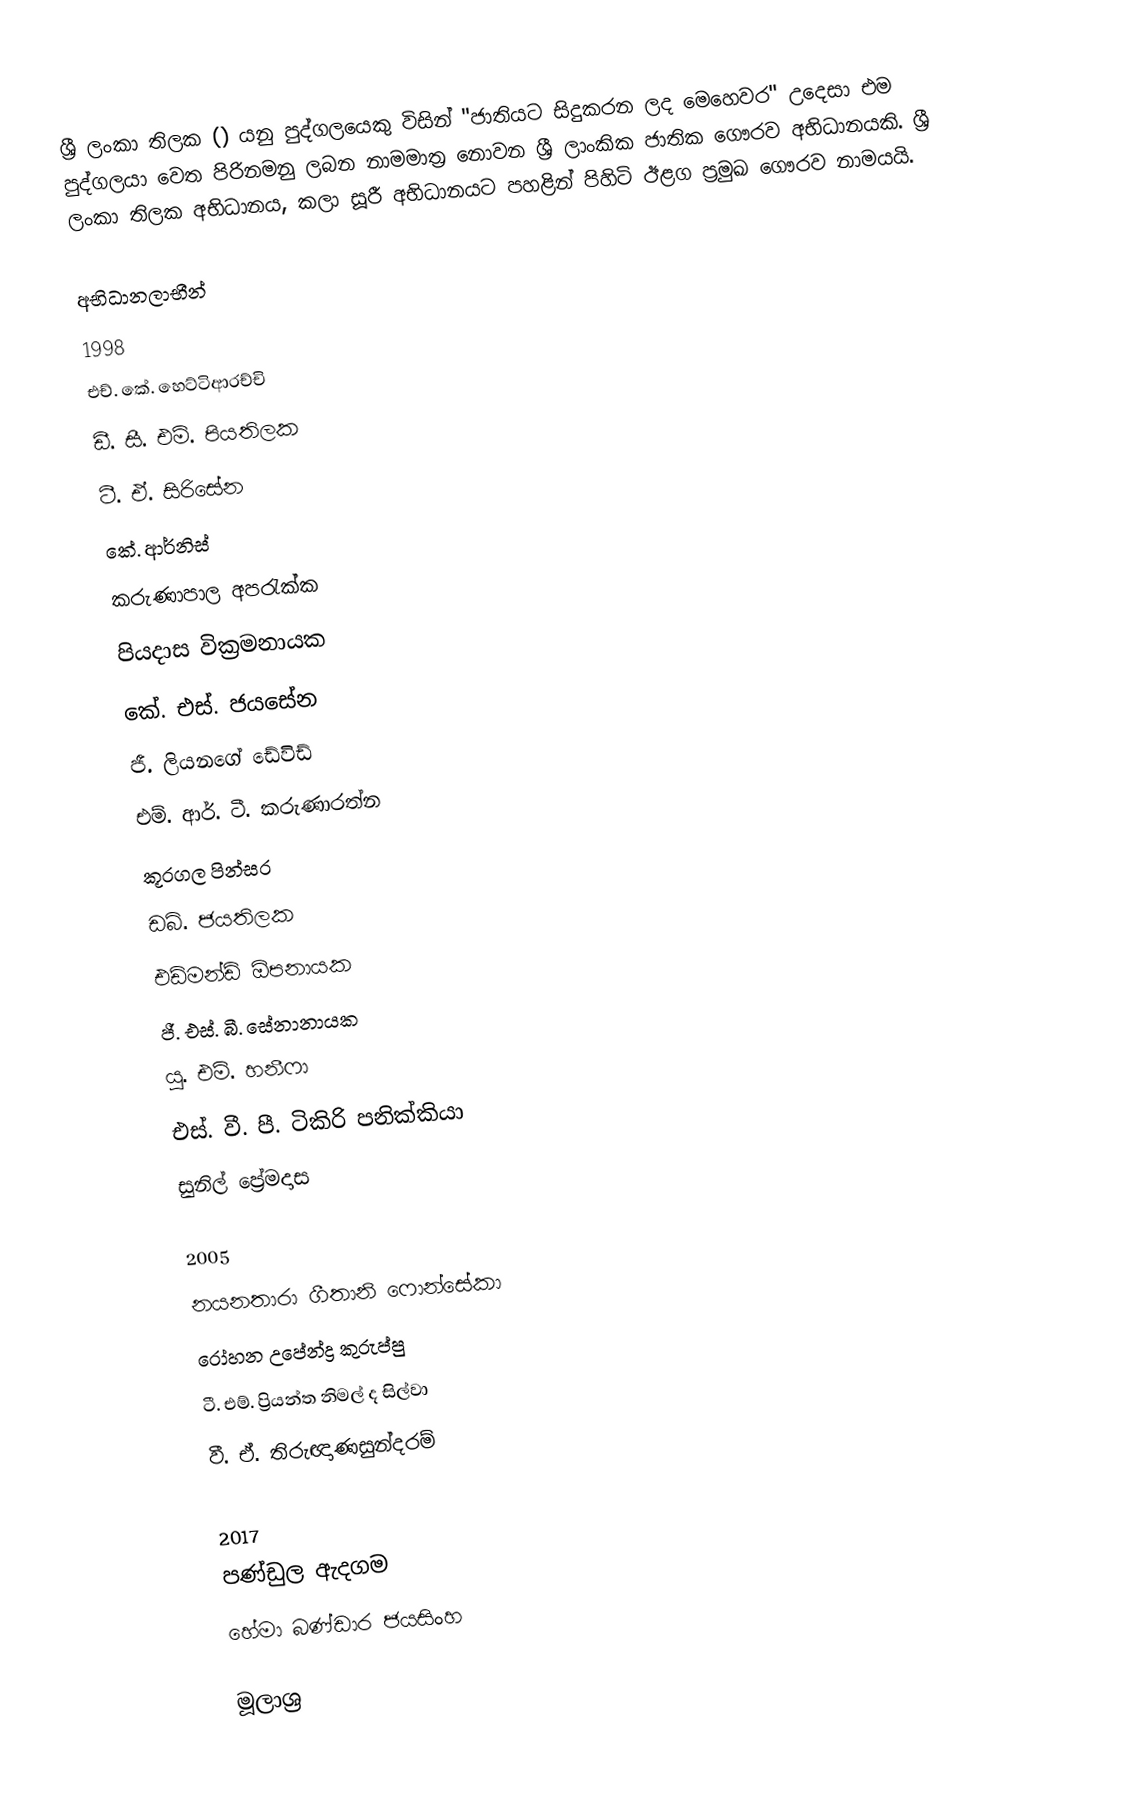
ශ්‍රී ලංකා තිලක () යනු පුද්ගලයෙකු විසින් "ජාතියට සිදුකරන ලද මෙහෙවර" උදෙසා එම පුද්ගලයා වෙත පිරිනමනු ලබන නාමමාත්‍ර නොවන ශ්‍රී ලාංකික ජාතික ගෞරව අභිධානයකි. ශ්‍රී ලංකා තිලක අභිධානය, කලා සූරී අභිධානයට පහළින් පිහිටි ඊළග ප්‍රමුඛ ගෞරව නාමයයි.

අභිධානලාභීන්
1998
 එච්. කේ. හෙට්ටිආරච්චි
 ඩී. සී. එම්. පියතිලක
 ටී. ඒ. සිරිසේන
 කේ. ආර්නිස්
 කරුණාපාල අපරැක්ක
 පියදාස වික්‍රමනායක
 කේ. එස්. ජයසේන
 ජී. ලියනගේ ඩේවිඩ්
 එම්. ආර්. ටී. කරුණාරත්න
 කූරගල පින්සර
 ඩබ්. ජයතිලක
 එඩ්මන්ඩ් ඕපනායක
 ජී. එස්. බී. සේනානායක
 යූ. එම්. හනීෆා
 එස්. වී. පී. ටිකිරි පනික්කියා
 සුනිල් ප්‍රේමදාස

2005
 නයනතාරා ගීතානි ෆොන්සේකා
 රෝහන උපේන්ද්‍ර කුරුප්පු
 ටී. එම්. ප්‍රියන්ත නිමල් ද සිල්වා
 වී. ඒ. තිරුඥාණසුන්දරම්

2017
 පණ්ඩුල ඇදගම
 හේමා බණ්ඩාර ජයසිංහ

මූලාශ්‍ර